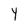
Character: Y